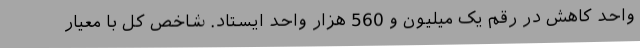
واحد کاهش در رقم یک میلیون و 560 هزار واحد ایستاد. شاخص کل با معیار